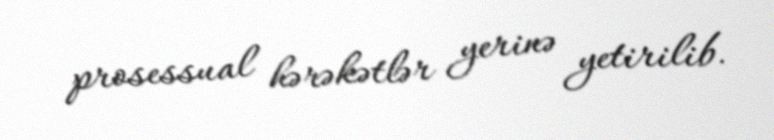
prosessual hərəkətlər yerinə yetirilib.